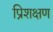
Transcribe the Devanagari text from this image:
प्रिशक्षण